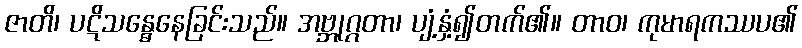
ဇာတိ၊ ပဋိသန္ဓေနေခြင်းသည်။ အဗ္ဘုဂ္ဂတာ၊ ပျံ့နှံ့၍တက်၏။ တာဝ၊ ကုမာရကဿပ၏